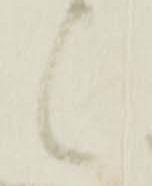
候